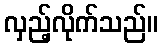
လှည့်လိုက်သည်။